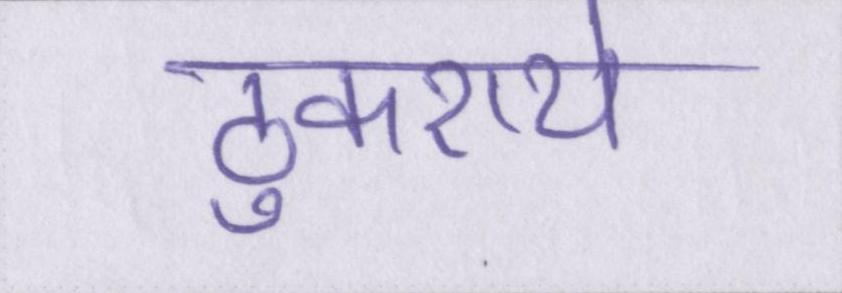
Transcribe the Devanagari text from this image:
ठुकराये